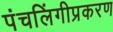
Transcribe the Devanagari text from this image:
पंचलिंगीप्रकरण